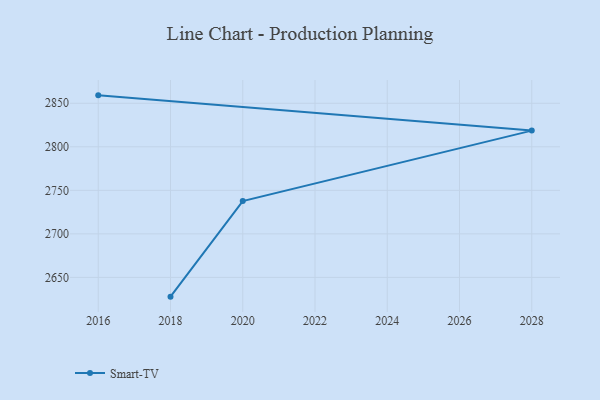
{"axis": {"x": "Year", "y": "Net Income (USD K)"}, "legend": ["Smart-TV"], "data": [{"x": "2016", "y": 2859.1, "type": "Smart-TV"}, {"x": "2028", "y": 2818.6, "type": "Smart-TV"}, {"x": "2020", "y": 2737.7, "type": "Smart-TV"}, {"x": "2018", "y": 2627.9, "type": "Smart-TV"}]}